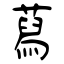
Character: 蕮